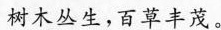
树木丛生，百草丰茂。